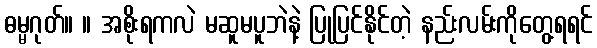
ဓမ္မဂုတ်။ ။ အစိုးရကလဲ မဆူမပူဘဲနဲ့ ပြုပြင်နိုင်တဲ့ နည်းလမ်းကိုတွေ့ရရင်